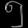
Digit: ၅